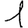
Digit: 1